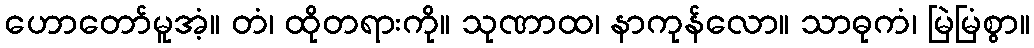
ဟောတော်မူအံ့။ တံ၊ ထိုတရားကို။ သုဏာထ၊ နာကုန်လော။ သာဓုကံ၊ မြဲမြံစွာ။